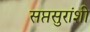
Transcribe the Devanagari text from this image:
सप्तसुरांशी